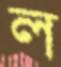
ল